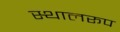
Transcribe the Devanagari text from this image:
स्थालरूप